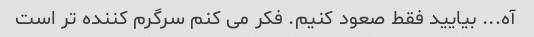
آه... بیایید فقط صعود کنیم. فکر می کنم سرگرم کننده تر است